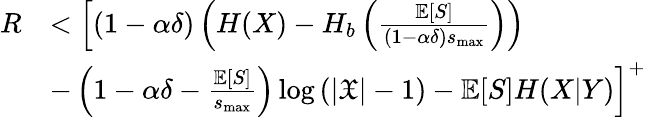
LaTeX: \begin{array}{rl}{R}&{<\Big[(1-\alpha\delta)\left(H(X)-H_{b}\left(\frac{\mathbb{E}[S]}{(1-\alpha\delta)s_{\operatorname*{max}}}\right)\right)}\\ &{-\left(1-\alpha\delta-\frac{\mathbb{E}[S]}{s_{\operatorname*{max}}}\right)\log\left(|\mathfrak{X}|-1\right)-\mathbb{E}[S]H(X|Y)\Big]^{+}}\end{array}